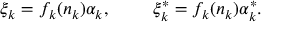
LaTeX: \xi _ { k } = f _ { k } ( n _ { k } ) \alpha _ { k } , ~ ~ ~ ~ ~ ~ ~ \xi _ { k } ^ { * } = f _ { k } ( n _ { k } ) \alpha _ { k } ^ { * } .